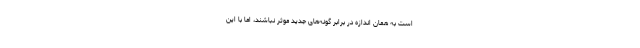
است به همان اندازه در برابر گونه‌های جدید موثر نباشند، اما با این